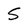
Character: S